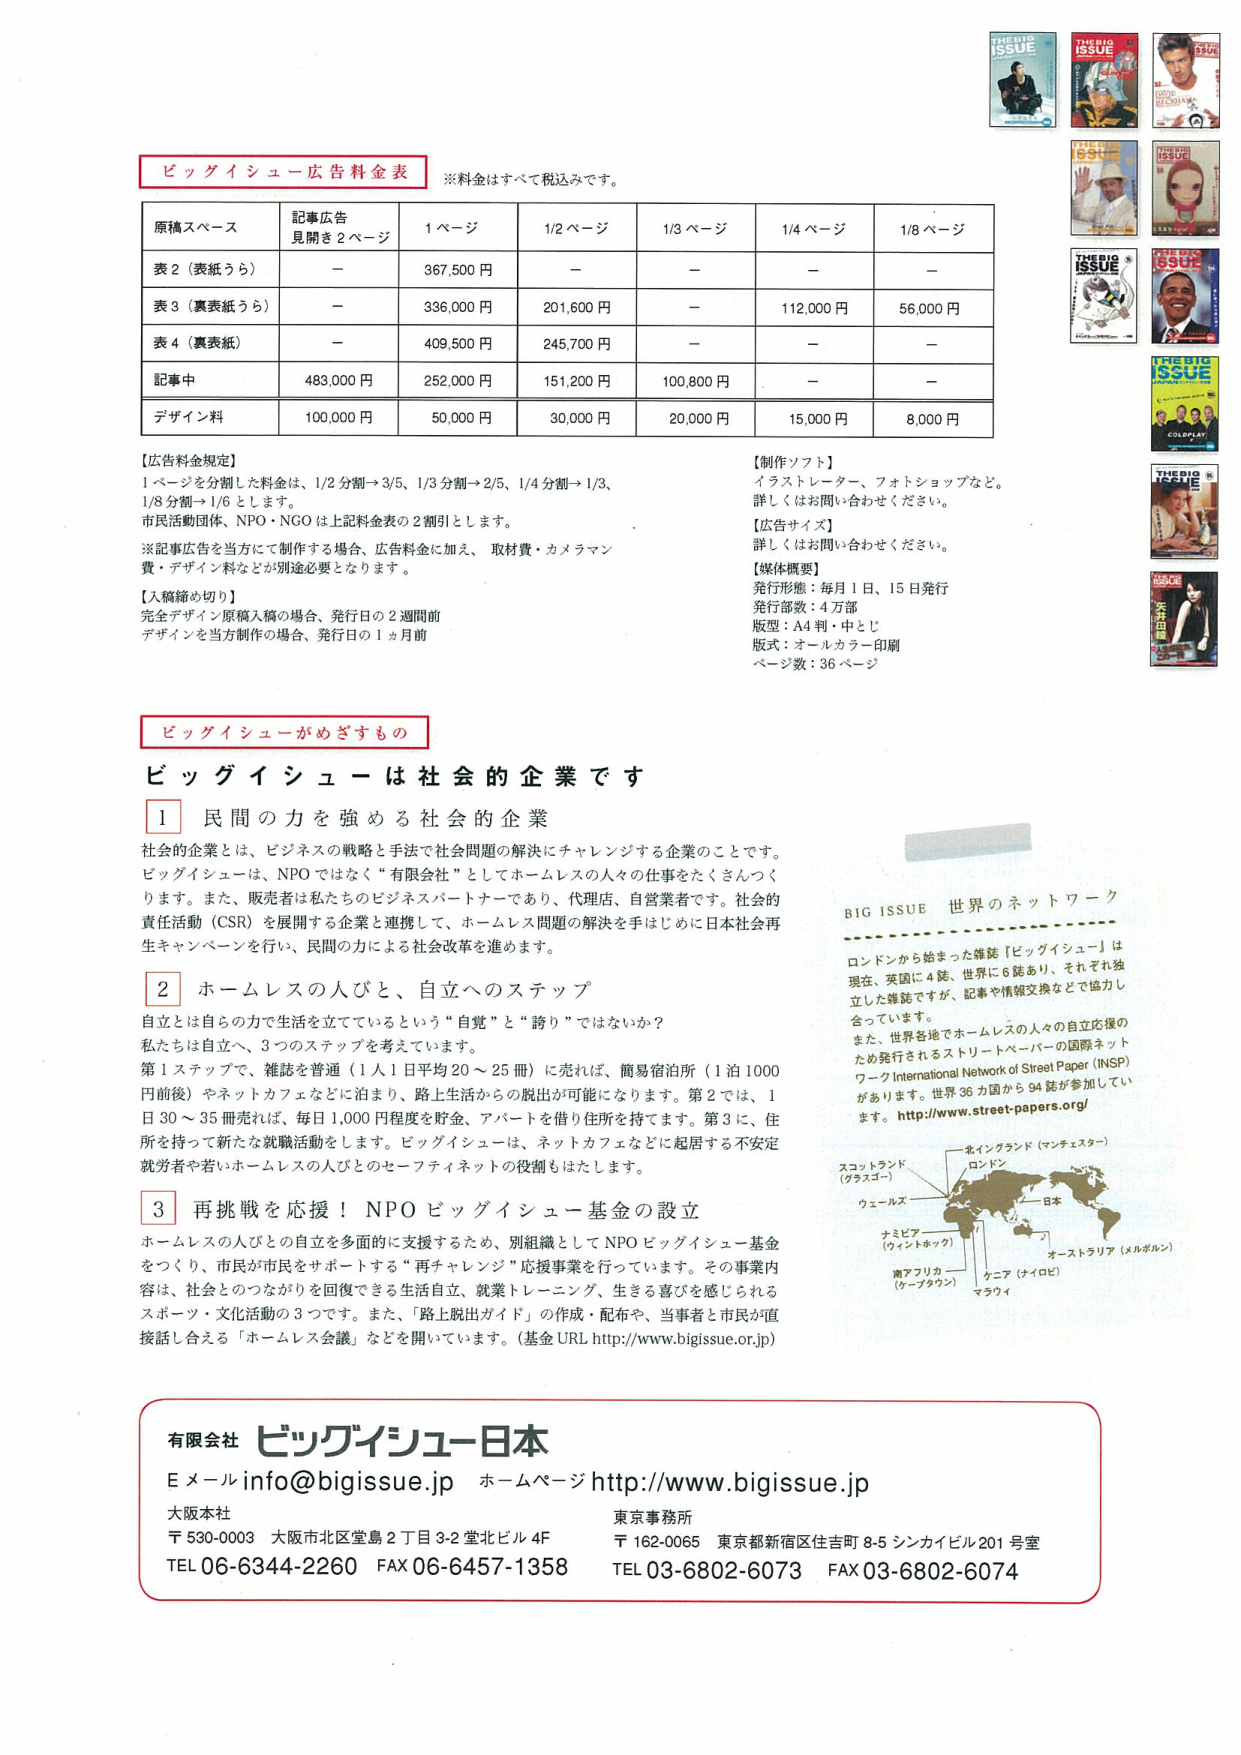
ビッグイシュー広告料金表
※料金はすべて税込みです。

原稿スペース　記事広告 見開き2ページ　1ページ　1/2ページ　1/3ページ　1/4ページ　1/8ページ
表2（表紙うら）　－　367,500円　－　－　－　－
表3（裏表紙うら）　－　336,000円　201,600円　－　112,000円　56,000円
表4（裏表紙）　－　409,500円　245,700円　－　－　－
記事中　483,000円　252,000円　151,200円　100,800円　－　－
デザイン料　100,000円　50,000円　30,000円　20,000円　15,000円　8,000円

【広告料金規定】
1ページを分割した料金は、1/2分割→3/5、1/3分割→2/5、1/4分割→1/3、1/8分割→1/6とします。
市民活動団体、NPO・NGOは上記料金表の2割引とします。
※記事広告を当方にて制作する場合、広告料金に加え、取材費・カメラマン費・デザイン料などが別途必要となります。

【入稿締め切り】
完全デザイン原稿入稿の場合、発行日の2週間前
デザインを当方制作の場合、発行日の1ヵ月前

【制作ソフト】
イラストレーター、フォトショップなど。
詳しくはお問い合わせください。

【広告サイズ】
詳しくはお問い合わせください。

【媒体概要】
発行形態：毎月1日、15日発行
発行部数：4万部
版型：A4判・中とじ
版式：オールカラー印刷
ページ数：36ページ

ビッグイシューがめざすもの

ビッグイシューは社会的企業です

1 民間の力を強める社会的企業
社会的企業とは、ビジネスの戦略と手法で社会問題の解決にチャレンジする企業のことです。
ビッグイシューは、NPOではなく“有限会社”としてホームレスの人々の仕事をたくさんつくります。また、販売者は私たちのビジネスパートナーであり、代理店、自営業者です。社会的責任活動（CSR）を展開する企業と連携して、ホームレス問題の解決を手はじめに日本社会再生キャンペーンを行い、民間の力による社会改革を進めます。

2 ホームレスの人びと、自立へのステップ
自立とは自らの力で生活を立てているという“自覚”と“誇り”ではないか？
私たちは自立へ、3つのステップを考えています。
第1ステップで、雑誌を普通（1人1日平均20～25冊）に売れば、簡易宿泊所（1泊1000円前後）やネットカフェなどに泊まり、路上生活からの脱出が可能になります。第2では、1日30～35冊売れば、毎日1,000円程度を貯金、アパートを借り住所を持てます。第3に、住所を持って新たな就職活動をします。ビッグイシューは、ネットカフェなどに起居する不安定就労者や若いホームレスの人びとのセーフティネットの役割もはたします。

3 再挑戦を応援！NPOビッグイシュー基金の設立
ホームレスの人びとの自立を多面的に支援するため、別組織としてNPOビッグイシュー基金をつくり、市民が市民をサポートする“再チャレンジ”応援事業を行っています。その事業内容は、社会とのつながりを回復できる生活自立、就業トレーニング、生きる喜びを感じられるスポーツ・文化活動の3つです。また、「路上脱出ガイド」の作成・配布や、当事者と市民が直接話し合える「ホームレス会議」などを開いています。（基金URL http://www.bigissue.or.jp）

BIG ISSUE 世界のネットワーク
ロンドンから始まった雑誌『ビッグイシュー』は現在、英国に4誌、世界に6誌あり、それぞれ独立した雑誌ですが、記事や情報交換などで協力しています。
また、世界各地でホームレスの人々の自立支援のため発行されるストリートペーパーの国際ネットワーク International Network of Street Paper (INSP) があります。世界36カ国から94誌が参加しています。http://www.street-papers.org/

スコットランド（グラスゴー）
ウェールズ
ロンドン
北イングランド（マンチェスター）
日本
ナミビア（ウィントホック）
南アフリカ（ケープタウン）
ケニア（ナイロビ）
オーストラリア（メルボルン）
マラウィ

有限会社 ビッグイシュー日本
Eメール info@bigissue.jp ホームページ http://www.bigissue.jp
大阪本社 〒530-0003 大阪市北区堂島2丁目3-2 堂北ビル4F
TEL 06-6344-2260 FAX 06-6457-1358
東京事務所 〒162-0065 東京都新宿区住吉町8-5 シンカイビル201号室
TEL 03-6802-6073 FAX 03-6802-6074